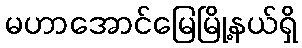
မဟာအောင်မြေမြို့နယ်ရှိ